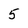
Character: 5